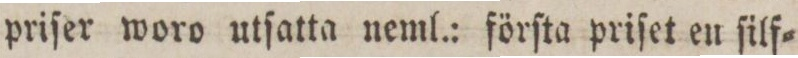
priſer woro utſatta neml.: förſta priſet en ſilf=